Civil Veterinary Department Bihar & Orissa reports 1929-36 - 1929-1936
Year: 1929
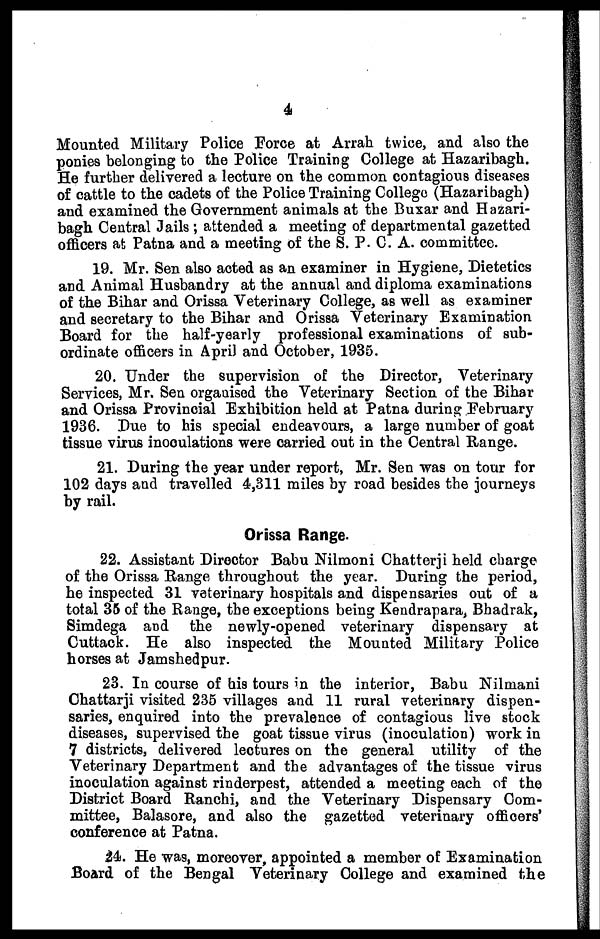
4
Mounted Military Police Force at Arrah twice, and also the
ponies belonging to the Police Training College at Hazaribagh.
He further delivered a lecture on the common contagious diseases
of cattle to the cadets of the Police Training College (Hazaribagh)
and examined the Government animals at the Buxar and Hazari-
bagh Central Jails ; attended a meeting of departmental gazetted
officers at Patna and a meeting of the S. P. C. A. committee.
19. Mr. Sen also acted as an examiner in Hygiene, Dietetics
and Animal Husbandry at the annual and diploma examinations
of the Bihar and Orissa Veterinary College, as well as examiner
and secretary to the Bihar and Orissa Veterinary Examination
Board for the half-yearly professional examinations of sub-
ordinate officers in April and October, 1935.
20. Under the supervision of the Director, Veterinary
Services, Mr. Sen organised the Veterinary Section of the Bihar
and Orissa Provincial Exhibition held at Patna during February
1936. Due to his special endeavours, a large number of goat
tissue virus inoculations were carried out in the Central Range.
21. During the year under report, Mr. Sen was on tour for
102 days and travelled 4,311 miles by road besides the journeys
by rail.
Orissa Range.
22. Assistant Director Babu Nilmoni Chatterji held charge
of the Orissa Range throughout the year. During the period,
he inspected 31 veterinary hospitals and dispensaries out of a
total 35 of the Range, the exceptions being Kendrapara, Bhadrak,
Simdega and the newly-opened veterinary dispensary at
Cuttack. He also inspected the Mounted Military Police
horses at Jamshedpur.
23. In course of his tours in the interior, Babu Nilmani
Chattarji visited 235 villages and 11 rural veterinary dispen-
saries, enquired into the prevalence of contagious live stock
diseases, supervised the goat tissue virus (inoculation) work in
7 districts, delivered lectures on the general utility of the
Veterinary Department and the advantages of the tissue virus
inoculation against rinderpest, attended a meeting each of the
District Board Ranchi, and the Veterinary Dispensary Com-
mittee, Balasore, and also the gazetted veterinary officers'
conference at Patna.
24. He was, moreover, appointed a member of Examination
Board of the Bengal Veterinary College and examined the